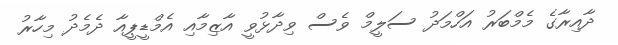
ދާއިރާގެ މެމްބަރު އަހްމަދު ސަލީމް ވެސް ވިދާޅުވީ އާޒިމާއި އެމްޑީޕީއާ ދެމެދު މިހާރު